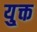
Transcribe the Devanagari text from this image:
यु्क्त